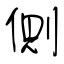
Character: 側